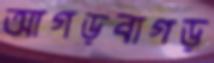
আগড়বাগড়